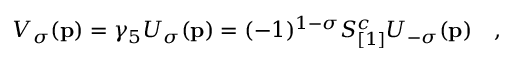
{ \cal V } _ { \sigma } ( { \bf p } ) = \gamma _ { 5 } { \cal U } _ { \sigma } ( { \bf p } ) = ( - 1 ) ^ { 1 - \sigma } S _ { [ 1 ] } ^ { c } { \cal U } _ { - \sigma } ( { \bf p } ) \quad ,